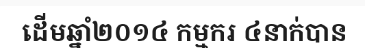
ដើមឆ្នាំ២០១៤ កម្មករ ៤នាក់បាន